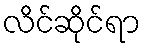
လိင်ဆိုင်ရာ